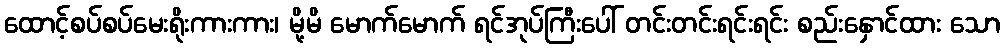
ထောင့်စပ်စပ်မေးရိုးကားကား၊ မို့မိ မောက်မောက် ရင်အုပ်ကြီးပေါ် တင်းတင်းရင်းရင်း စည်းနှောင်ထား သော